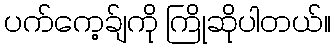
ပက်ကေ့ခ်ျကို ကြိုဆိုပါတယ်။